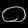
Digit: ၀